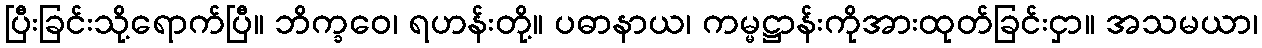
ပြီးခြင်းသို့ရောက်ပြီ။ ဘိက္ခဝေ၊ ရဟန်းတို့။ ပဓာနာယ၊ ကမ္မဋ္ဌာန်းကိုအားထုတ်ခြင်းငှာ။ အသမယာ၊